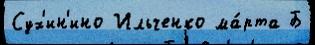
Сух'ин'ино Ильченко ма́рта Б